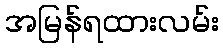
အမြန်ရထားလမ်း